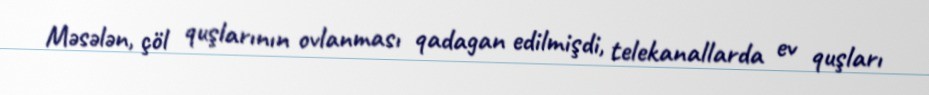
Məsələn, çöl quşlarının ovlanması qadagan edilmişdi, telekanallarda ev quşları